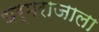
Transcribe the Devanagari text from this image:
धर्मराजाला